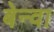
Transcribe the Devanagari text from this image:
बेन्वा